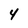
Character: 4